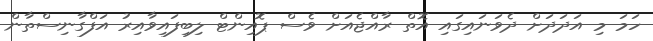
ހަމަ މި އަދަދަށް ދެވަނައިގައި އޮތް ރާއްޖެއަށް ވެސް ޕޮއިންޓް ލިބިފައިވާއިރު އަފްގާނިސްތާން